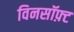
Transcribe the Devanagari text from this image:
विनसॉफ़्ट